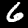
Label: 6